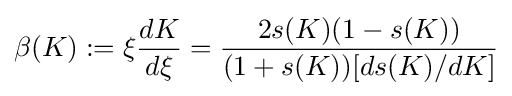
\beta (K):=\xi {\frac {dK}{d\xi }}={\frac {2s(K)(1-s(K))}{(1+s(K))[ds(K)/dK]}}